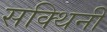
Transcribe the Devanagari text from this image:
सक्थिनी